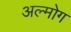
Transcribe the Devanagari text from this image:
अल्मोग